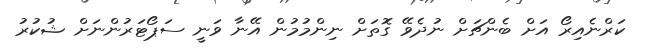
ކަރްނެއިރޯ އަށް ބެންޗަށް ނުދެވޭ ގޮތަށް ނިންމުމުން އޭނާ ވަނީ ސަޕޯޓަރުންނަށް ޝުކުރު